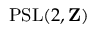
\operatorname { P S L } ( 2 , \mathbf { Z } )